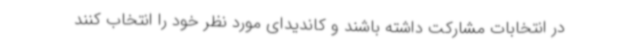
در انتخابات مشارکت داشته باشند و کاندیدای مورد نظر خود را انتخاب کنند